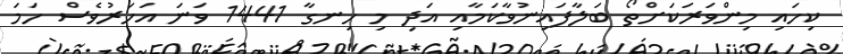
ކިހައި މިންވަރަކަށްތޯ ބަލާފައިނުވާކަމާއި އަދި މި ހިނގާ 1441 ވަނަ އަހަރުވެސް ހަމަ